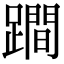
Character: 𨅍